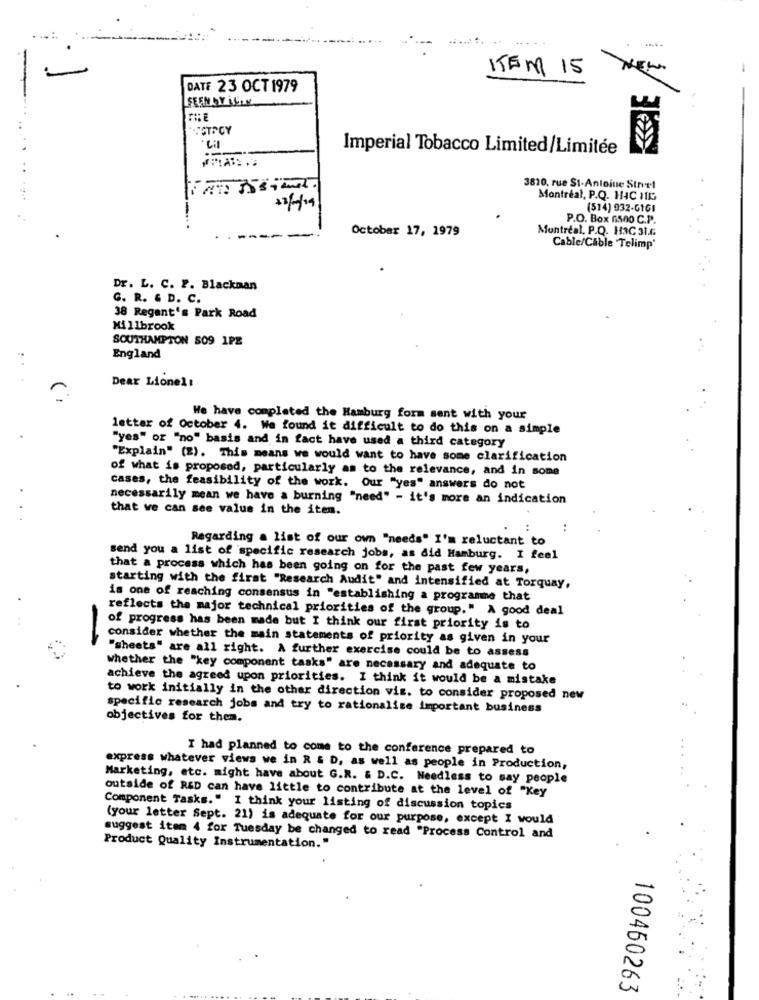
-
ITEM 15
-
DATE 23 OCT 1979
SEEN BY iCITY
.Cil
Imperial Tobacco Limited/Limitée
..
3810, rue St-Antoine Strvel
Montreal, P.Q. H4C 1115
(514) 932-GIGI
-.
P.O. Box 65no C.P.
October 17, 1979
Montreal. P.Q. H3C 31.6
Cable/Cable Telimp'
Dr. L. C. P. Blackman
C. R. & D. C.
38 Regent's Park Road
Millbrook
SOUTHAMPTON 509 1PE
England
...
Dear Lionel :
We have completed the Hamburg form sent with your
letter of October 4. We found it difficult to do this on a simple
"yes" or "no" basis and in fact have used a third category
"Explain" (E). This means we would want to have some clarification
of what is proposed, particularly as to the relevance, and in some
.
cases, the feasibility of the work. Our "yes" answers do not
necessarily mean we have a burning "need" - it's more an indication
that we can see value in the iten.
:
Regarding a list of our own "needs" I'm reluctant to
send you a list of specific research jobs, as did Hamburg. I feel
that a process which has been going on for the past few years,
starting with the first "Research Audit" and intensified at Torquay,
is one of reaching consensus in "establishing a programme that
reflects the major technical priorities of the group." A good deal
of progress has been made but I think our first priority is to
consider whether the main statements of priority as given in your
-
"sheets" are all right. A further exercise could be to assess
whether the "key component tasks" are necessary and adequate to
achieve the agreed upon priorities. I think it would be a mistake
to work initially in the other direction vis. to consider proposed new
specific research jobs and try to rationalize important business
objectives for them.
I had planned to come to the conference prepared to
express whatever views we in R & D, as well as people in Production,
Marketing, etc. might have about G.R. & D.C. Needless to say people
outside of RED can have little to contribute at the level of "Key
Component Tasks." I think your listing of discussion topics
(your letter Sept. 21) is adequate for our purpose, except I would
suggest item 4 for Tuesday be changed to read "Process Control and
Product Quality Instrumentation."
100460263